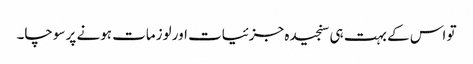
تو اس کے بہت ہی سنجیدہ جزئیات اور لوزمات ہونے پر سوچا۔